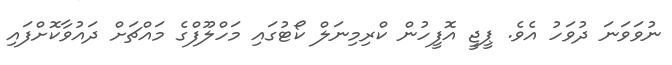
ނުވަވަނަ ދުވަހު އެވެ. ޕީޖީ އޮފީހުން ކްރިމިނަލް ކޯޓުގައި މަހްލޫފްގެ މައްޗަށް ދައުވާކޮށްފައި